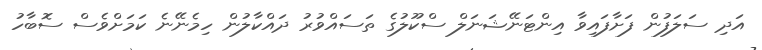
އަދި ސަލަފުން ފަށާފައިވާ އިންޓަނޭޝަނަލް ސްކޫލުގެ ތަސައްވުރު ދައްކާލުން ހިމެނޭނެ ކަމަށްވެސް ސޮބާހު